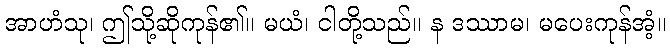
အာဟံသု၊ ဤသို့ဆိုကုန်၏။ မယံ၊ ငါတို့သည်။ န ဒဿာမ၊ မပေးကုန်အံ့။